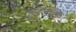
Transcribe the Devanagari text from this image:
अलताइक